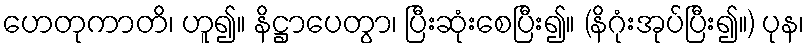
ဟေတုကာတိ၊ ဟူ၍။ နိဋ္ဌာပေတွာ၊ ပြီးဆုံးစေပြီး၍။ (နိဂုံးအုပ်ပြီး၍။) ပုန၊